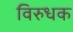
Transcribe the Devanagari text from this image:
विरुधक